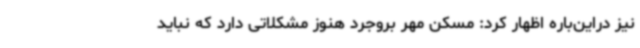
نیز دراین‌باره اظهار کرد: مسکن مهر بروجرد هنوز مشکلاتی دارد که نباید